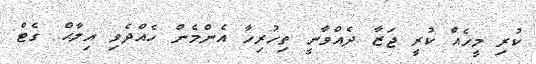
ކުރި މީހެއް ކުރީ ޖަޒާ ދެއްވާނީ ތިހުރިހާ އެންމެން ހެއްދެވި އިލާޙް. ގެޓް